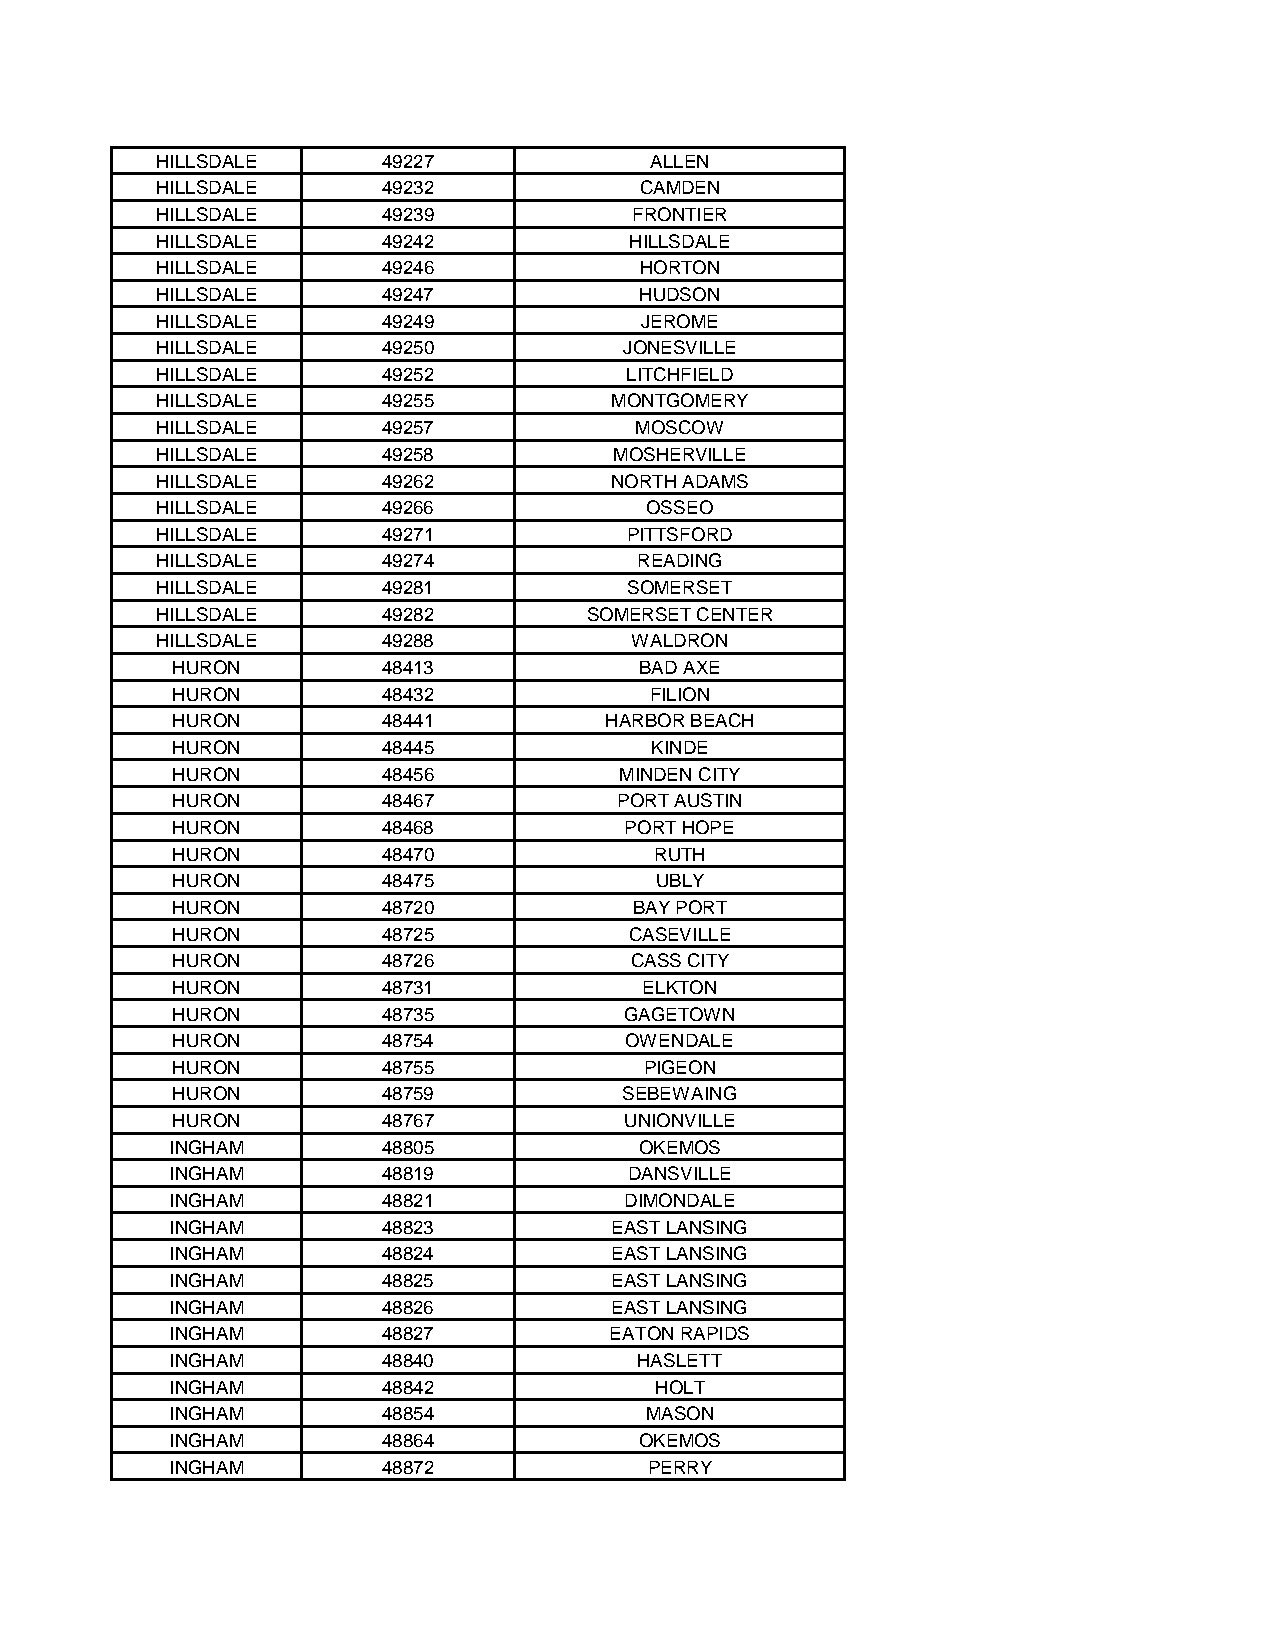
HILLSDALE      49227             ALLEN
 HILLSDALE      49232            CAMDEN
 HILLSDALE      49239            FRONTIER
 HILLSDALE      49242            HILLSDALE
 HILLSDALE      49246            HORTON
 HILLSDALE      49247            HUDSON
 HILLSDALE      49249            JEROME
 HILLSDALE      49250           JONESVILLE
 HILLSDALE      49252           LITCHFIELD
 HILLSDALE      49255          MONTGOMERY
 HILLSDALE      49257            MOSCOW
 HILLSDALE      49258           MOSHERVILLE
 HILLSDALE      49262          NORTH ADAMS
 HILLSDALE      49266             OSSEO
 HILLSDALE      49271            PITTSFORD
 HILLSDALE      49274            READING
 HILLSDALE      49281            SOMERSET
 HILLSDALE      49282         SOMERSET CENTER
 HILLSDALE      49288            WALDRON
 HURON         48413            BAD AXE
 HURON         48432             FILION
 HURON         48441          HARBOR BEACH
 HURON         48445             KINDE
 HURON         48456           MINDEN CITY
 HURON         48467           PORT AUSTIN
 HURON         48468           PORT HOPE
 HURON         48470             RUTH
 HURON         48475             UBLY
 HURON         48720            BAY PORT
 HURON         48725            CASEVILLE
 HURON         48726            CASS CITY
 HURON         48731             ELKTON
 HURON         48735           GAGETOWN
 HURON         48754           OWENDALE
 HURON         48755             PIGEON
 HURON         48759           SEBEWAING
 HURON         48767           UNIONVILLE
 INGHAM        48805            OKEMOS
 INGHAM        48819            DANSVILLE
 INGHAM        48821           DIMONDALE
 INGHAM        48823           EAST LANSING
 INGHAM        48824           EAST LANSING
 INGHAM        48825           EAST LANSING
 INGHAM        48826           EAST LANSING
 INGHAM        48827          EATON RAPIDS
 INGHAM        48840            HASLETT
 INGHAM        48842             HOLT
 INGHAM        48854             MASON
 INGHAM        48864            OKEMOS
 INGHAM        48872             PERRY